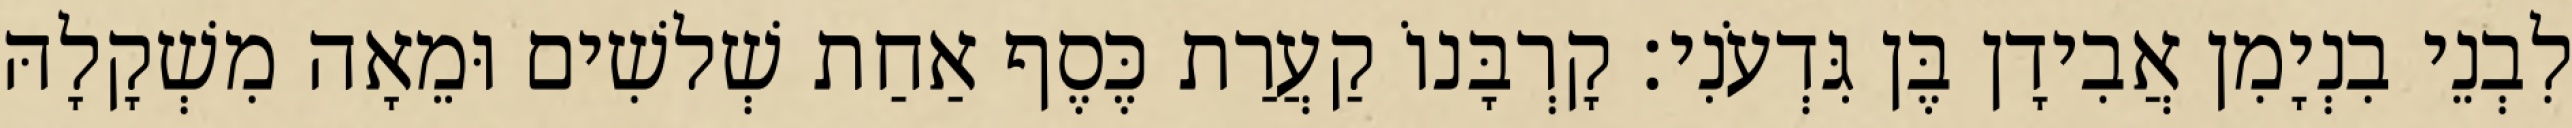
לִבְנֵי בִנְיָמִן אֲבִידָן בֶּן גִּדְעֹנִי׃ קָרְבָּנוֹ קַעֲרַת כֶּסֶף אַחַת שְׁלשִׁים וּמֵאָה מִשְׁקָלָהּ